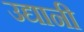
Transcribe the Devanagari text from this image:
उद्यानी